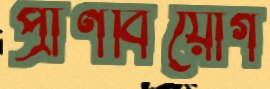
প্রাণবিয়োগ